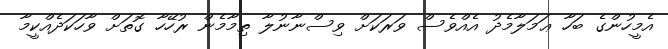
އެމީހުންގެ ބަހާ ޢަމަލާމެދު އެއްވެސް ވަރަކަށް ވިސްނާނުލާ ތިމާމެން ރުހޭހާ ގޮތަށް ވާހަކަދެއްކީމާ